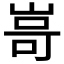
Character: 𭖫